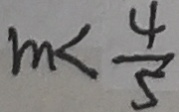
m < \frac { 4 } { 5 }